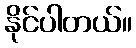
နိုင်ပါတယ်။